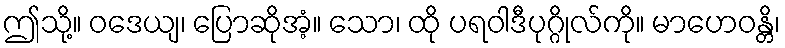
ဤသို့။ ဝဒေယျ၊ ပြောဆိုအံ့။ သော၊ ထို ပရဝါဒီပုဂ္ဂိုလ်ကို။ မာဟေဝန္တိ၊